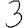
Digit: 3